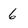
Character: 6